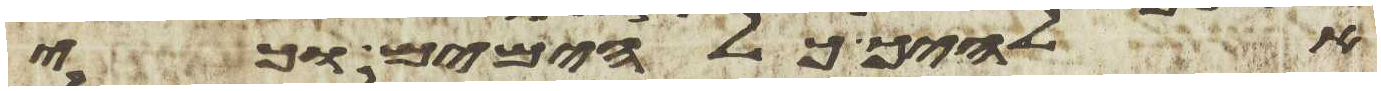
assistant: אלהיך כל הימים וכי